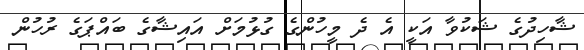
ޝާހިދުގެ ޝަކުވާ އަކީ އެ ދެ މީހުންގެ ގުޅުމަށް އައިޝާގެ ބައްޕަގެ ރުހުން